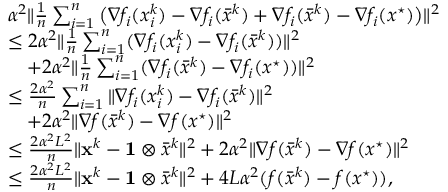
\begin{array} { r l } & { \alpha ^ { 2 } \| \frac { 1 } { n } \textstyle \sum _ { i = 1 } ^ { n } \big ( \nabla f _ { i } ( x _ { i } ^ { k } ) - \nabla f _ { i } ( \bar { x } ^ { k } ) + \nabla f _ { i } ( \bar { x } ^ { k } ) - \nabla f _ { i } ( x ^ { \star } ) \big ) \| ^ { 2 } } \\ & { \leq 2 \alpha ^ { 2 } \| \frac { 1 } { n } \textstyle \sum _ { i = 1 } ^ { n } ( \nabla f _ { i } ( x _ { i } ^ { k } ) - \nabla f _ { i } ( \bar { x } ^ { k } ) ) \| ^ { 2 } } \\ & { \quad + 2 \alpha ^ { 2 } \| \frac { 1 } { n } \textstyle \sum _ { i = 1 } ^ { n } ( \nabla f _ { i } ( \bar { x } ^ { k } ) - \nabla f _ { i } ( x ^ { \star } ) ) \| ^ { 2 } } \\ & { \leq \frac { 2 \alpha ^ { 2 } } { n } \textstyle \sum _ { i = 1 } ^ { n } \| \nabla f _ { i } ( x _ { i } ^ { k } ) - \nabla f _ { i } ( \bar { x } ^ { k } ) \| ^ { 2 } } \\ & { \quad + 2 \alpha ^ { 2 } \| \nabla f ( \bar { x } ^ { k } ) - \nabla f ( x ^ { \star } ) \| ^ { 2 } } \\ & { \leq \frac { 2 \alpha ^ { 2 } L ^ { 2 } } { n } \| { \mathbf { x } } ^ { k } - \mathbf { 1 } \otimes \bar { x } ^ { k } \| ^ { 2 } + 2 \alpha ^ { 2 } \| \nabla f ( \bar { x } ^ { k } ) - \nabla f ( x ^ { \star } ) \| ^ { 2 } } \\ & { \leq \frac { 2 \alpha ^ { 2 } L ^ { 2 } } { n } \| { \mathbf { x } } ^ { k } - \mathbf { 1 } \otimes \bar { x } ^ { k } \| ^ { 2 } + 4 L \alpha ^ { 2 } ( f ( \bar { x } ^ { k } ) - f ( x ^ { \star } ) ) , } \end{array}